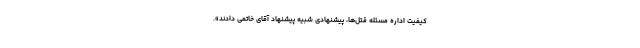
كیفیت اداره مسئله قتل‌ها، پیشنهادى شبیه پیشنهاد آقاى خاتمى دادند».